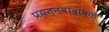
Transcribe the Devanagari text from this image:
प्रयत्‍नवादाकडे